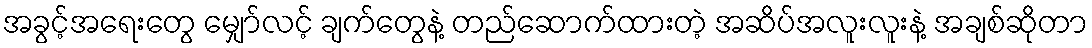
အခွင့်အရေးတွေ မျှော်လင့် ချက်တွေနဲ့ တည်ဆောက်ထားတဲ့ အဆိပ်အလူးလူးနဲ့ အချစ်ဆိုတာ